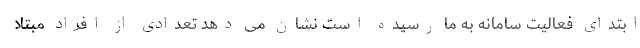
ابتدای فعالیت سامانه به ما رسیده است نشان می دهد تعدادی از افراد مبتلا